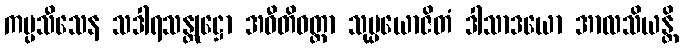
ကပ္ပသီသေန သဒါရသန္တုဋ္ဌော အဝီတိဝတ္တာ သုပ္ပယောဇိတံ ဒါသာဒယော အာလသိယန္တိ